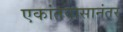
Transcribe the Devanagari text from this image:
एकांतवासानंतर